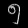
Digit: ၅